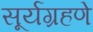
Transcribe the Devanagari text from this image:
सूर्यग्रहणे